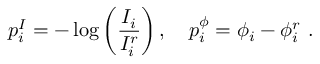
p _ { i } ^ { I } = - \log \left( \frac { I _ { i } } { I _ { i } ^ { r } } \right) , \quad p _ { i } ^ { \phi } = \phi _ { i } - \phi _ { i } ^ { r } \ .